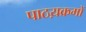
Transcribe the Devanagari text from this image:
पाठय़क्रमों